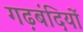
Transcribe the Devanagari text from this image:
गढ़बंदियों